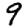
Digit: 9